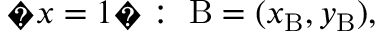
{ \mathrm { � } } x = 1 { \mathrm { � } } : \; \mathrm { B } = ( x _ { \mathrm { B } } , y _ { \mathrm { B } } ) ,